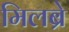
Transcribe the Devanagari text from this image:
मिलब्रे